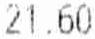
21.60